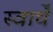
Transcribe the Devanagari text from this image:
स्वार्थें